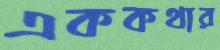
এককথার